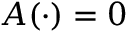
A ( \cdot ) = 0